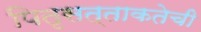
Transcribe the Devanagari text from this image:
पितृसत्ताकतेची